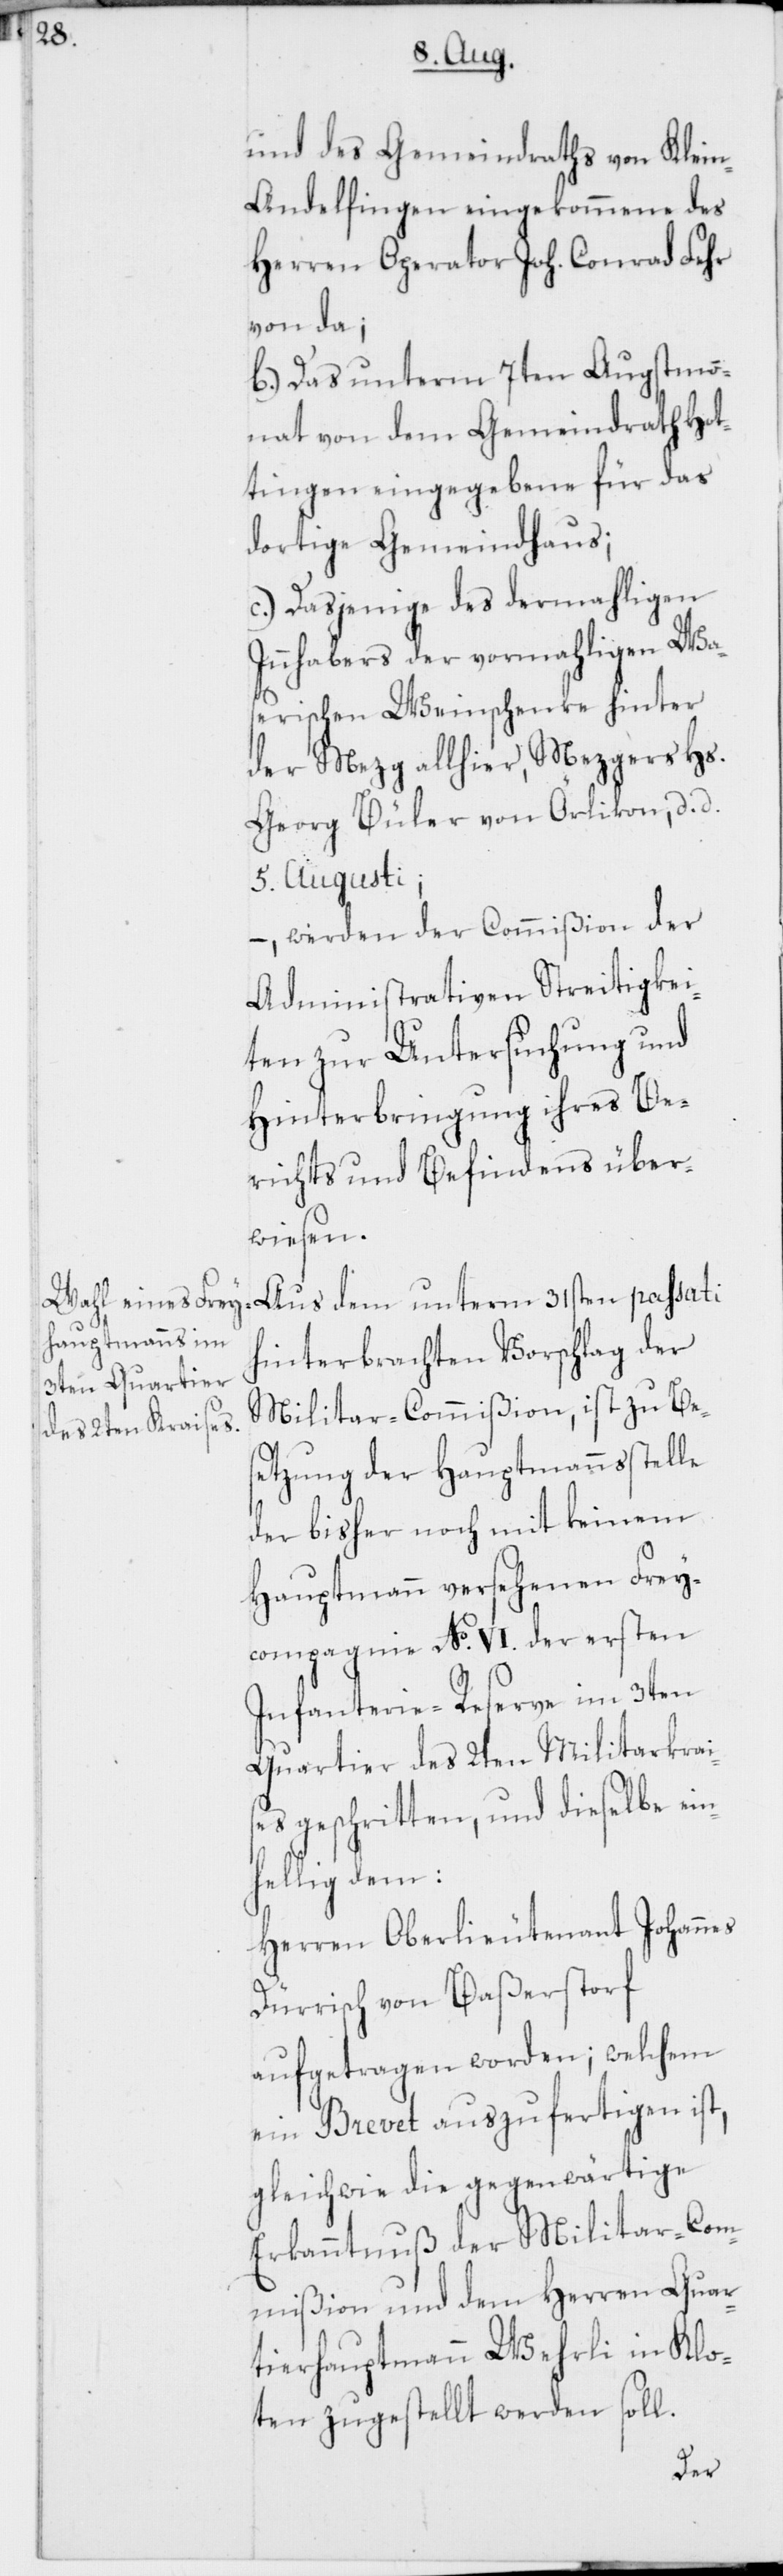
und des Gemeindraths von Klei¬
n-Andelfingen eingekommene des
Herren Operator Joh. Conrad Fehr
von da;
b.) Das unterm 7ten Augstmo¬
nat von dem Gemeindrath Hot¬
tingen eingegebene für das
dortige Gemeindhaus;
c.) Dasjenige des dermahligen
Innhabers der vormahligen Was¬
erischen Weinschenke hinter
der Mezg allhier, Mezgers Hs.
Georg Büler von Örlikon, d. d.
5. Augusti;
–, werden der Commißion der
Administrativen Streitigkei¬
ten zur Untersuchung und
Hinterbringung ihres Be¬
richts und Befindens über¬
wiesen.
Aus dem unterm 31sten passati
hinterbrachten Vorschlag der
Militar-Commißion, ist zu Be¬
setzung der Hauptmannsstelle
der bisher noch mit keinem
Hauptmann versehenen Frey¬
compagnie No. VI. der ersten
Infanterie-Reserve im 3ten
Quartier des 2ten Militarkrai¬
ses geschritten, und dieselbe ein¬
hellig dem:
Herren Oberlieutenant Johannes
Dürrisch von Baßerstorf
aufgetragen worden; welchem
ein Brevet auszufertigen ist,
gleichwie die gegenwärtige
Erkanntnuß der Militar-Com¬
mißion und dem Herren Quar¬
tierhauptmann Wehrli in Klo¬
ten zugestellt werden soll.